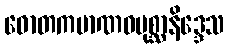
ဓောတကမာဏဝပုစ္ဆာနိဒ္ဒေသ